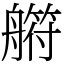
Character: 䒀